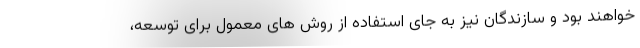
خواهند بود و سازندگان نیز به جای استفاده از روش های معمول برای توسعه،